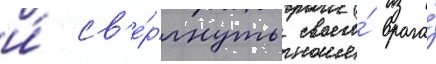
и́ св'е́ргнуть своего́ врага́